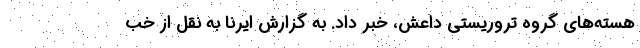
هسته‌های گروه تروریستی داعش، خبر داد. به گزارش ایرنا به نقل از خب